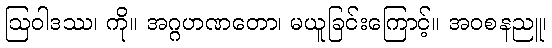
ဩဝါဒဿ၊ ကို။ အဂ္ဂဟဏတော၊ မယူခြင်းကြောင့်။ အဝစနညူ၊